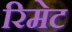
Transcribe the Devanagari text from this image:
रिमेट